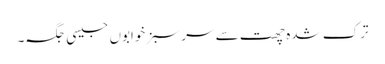
ترک شدہ چھت سے سر سبز خوابوں جیسی جگہ۔